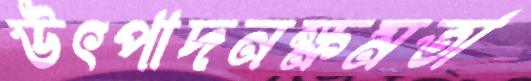
উৎপাদনক্ষমতা